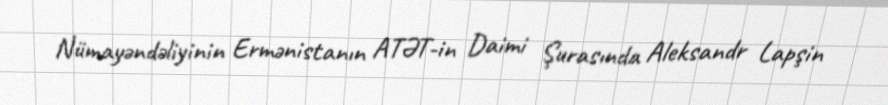
Nümayəndəliyinin Ermənistanın ATƏT-in Daimi Şurasında Aleksandr Lapşin